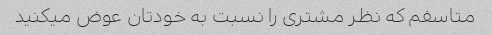
متاسفم که نظر مشتری را نسبت به خودتان عوض میکنید